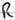
Text: R